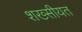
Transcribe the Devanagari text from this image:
शख्सीयत